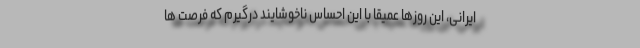
ایرانی، این روزها عمیقاً با این احساس ناخوشایند درگیرم که فرصت ها